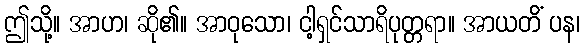
ဤသို့။ အာဟ၊ ဆို၏။ အာဝုသော၊ ငါ့ရှင်သာရိပုတ္တရာ။ အာယတိံ ပန၊